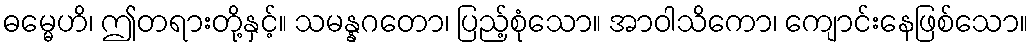
ဓမ္မေဟိ၊ ဤတရားတို့နှင့်။ သမန္နဂတော၊ ပြည့်စုံသော။ အာဝါသိကော၊ ကျောင်းနေဖြစ်သော။